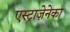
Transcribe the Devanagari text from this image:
एस्ट्राज़ेनेका